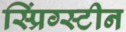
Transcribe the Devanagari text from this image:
स्प्रिंग्स्टीन